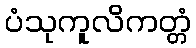
ပံသုကူလိကတ္တံ